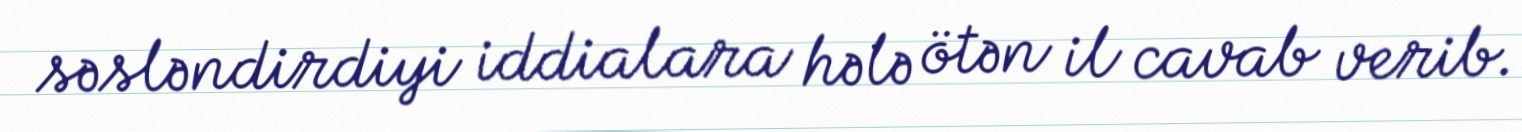
səsləndirdiyi iddialara hələ ötən il cavab verib.